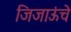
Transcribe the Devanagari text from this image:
जिजाऊंचे